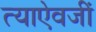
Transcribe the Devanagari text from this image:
त्याऐवजीं